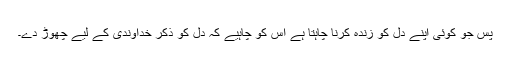
پس جو کوئی اپنے دل کو زندہ کرنا چاہتا ہے اس کو چاہیے کہ دل کو ذکرِ خداوندی کے لیے چھوڑ دے۔